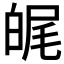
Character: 𤽶